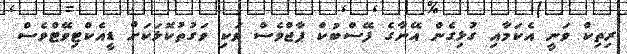
ރިތިކް ވަނީ އެކަމަާއި ގުޅިގެން އޭނާގެ ފޭސްބުކް ޕާޖްވެސް ވަކި ވަގުތުކޮޅަކަށް ޑީއެކްޓިވޭޓްވެސް